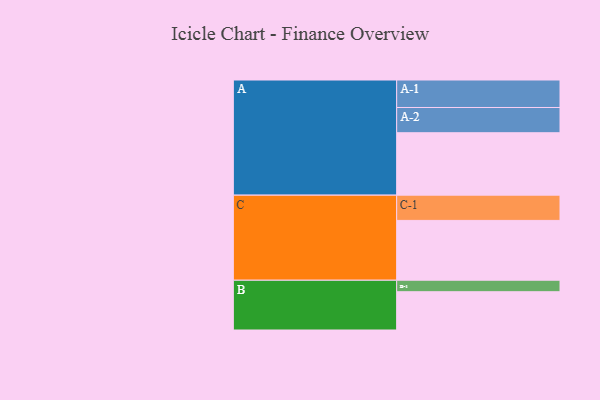
{"axis": {"x": "Segment", "y": "Value"}, "legend": ["", "A", "B", "C"], "data": [{"x": "A", "y": 527, "type": ""}, {"x": "B", "y": 323, "type": ""}, {"x": "C", "y": 505, "type": ""}, {"x": "A-1", "y": 232, "type": "A"}, {"x": "A-2", "y": 213, "type": "A"}, {"x": "B-1", "y": 97, "type": "B"}, {"x": "C-1", "y": 213, "type": "C"}]}